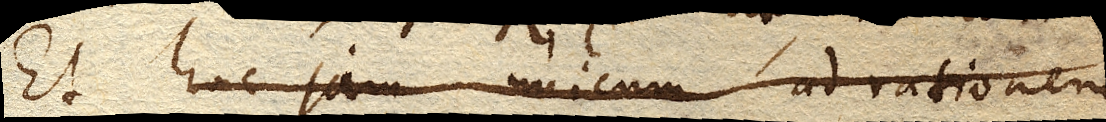
Et hoc jam unicum ad rationem